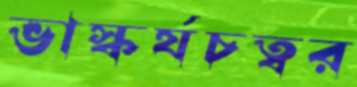
ভাস্কর্যচত্বর